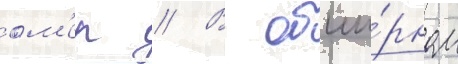
ом'ер // В обши́рном